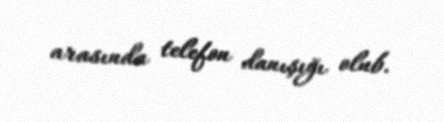
arasında telefon danışığı olub.